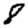
Digit: 8